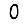
Digit: 0